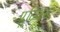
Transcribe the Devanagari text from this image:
प्लूटिअस